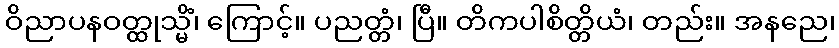
ဝိညာပနဝတ္ထုသ္မိံ၊ ကြောင့်။ ပညတ္တံ၊ ပြီ။ တိကပါစိတ္တိယံ၊ တည်း။ အနညေ၊